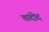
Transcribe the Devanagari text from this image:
चांदोद